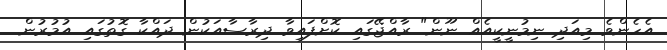
އެހެންވެ މިއަދި ނިމުނީކީއެއް ނޫން" ރާއްޖޭގައި ކޮށްފައިވާ ދިރާސާއަކުން ދައްކާ ގޮތުގައި އުމުރުން